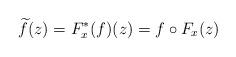
LaTeX: \begin{align*}\widetilde{f}(z) = F_x^*(f)(z) = f\circ F_x (z)\end{align*}